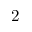
2